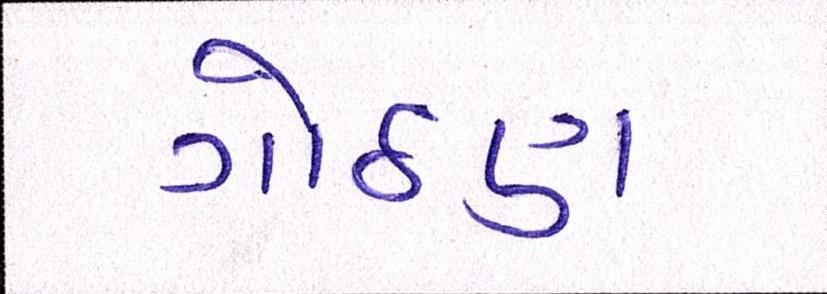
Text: ગોઠણ